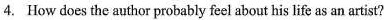
4. How does the author probably feel about his life as an artist?